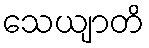
သေယျာတိ